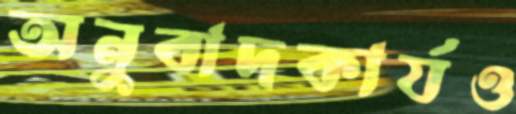
অনুবাদকার্যও